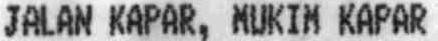
JALAN KAPAR, MUKIM KAPAR